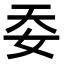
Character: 𡛌